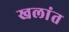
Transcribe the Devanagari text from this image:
खलांत